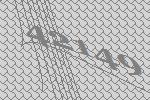
42149